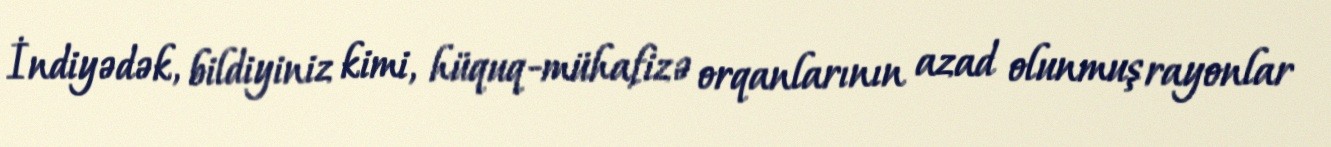
İndiyədək, bildiyiniz kimi, hüquq-mühafizə orqanlarının azad olunmuş rayonlar